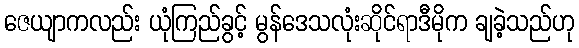
ဇေယျာကလည်း ယုံကြည်ခွင့် မွန်ဒေသလုံးဆိုင်ရာဒီမိုက ချခဲ့သည်ဟု